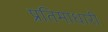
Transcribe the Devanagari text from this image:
प्रतिमाधारी